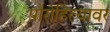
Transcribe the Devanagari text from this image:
पौरोहित्यावर